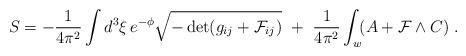
LaTeX: \begin{align*}S = -{1\over4\pi^2}\int d^3\xi\, e^{-\phi}\sqrt{- \det (g_{ij}+ {\cal F}_{ij})}\ +\ {1\over4\pi^2}\int_w\! (A + {\cal F}\wedge C)\ .\end{align*}